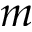
m